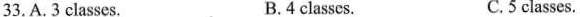
33, A. 3 classes. B.4 classes. C.5 classes.